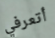
أتعرفي